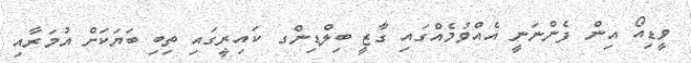
ވީޑިއޯ އިން ފެންނަނީ އެއްވުމެއްގައި ގާޒީ ބިލްޑިންގ ކައިރީގައި ތިބި ބަޔަކަށް އުމަރާއި